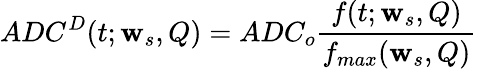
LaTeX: ADC^{D}(t;\mathbf{w}_{s},Q)=ADC_{o}\frac{{f(t;\mathbf{w}_{s},Q)}}{{f_{max}(\mathbf{w}_{s},Q)}}